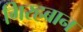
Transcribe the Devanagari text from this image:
गिरहबान